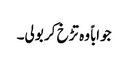
جواباً وہ تڑخ کر بولی۔